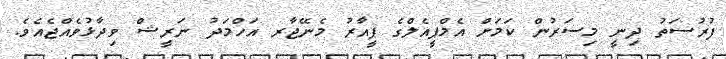
ފުރުސަތު ދިނީ މިސަރުން ކަމަށް އެމްޕީއެލްގެ ޕީއާރު މެނޭޖާރ އަހްމަދު ނަރީޝް ވިދާޅުވެއްޖެއެވެ.